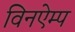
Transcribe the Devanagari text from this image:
विनऐम्प